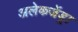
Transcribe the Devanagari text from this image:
अलेकजेंड्रा